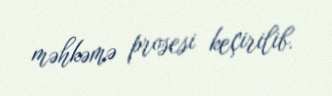
məhkəmə prosesi keçirilib.